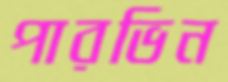
পারভিন